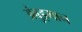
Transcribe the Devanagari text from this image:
अंबुड्मान